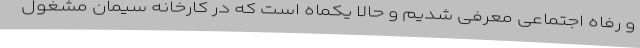
و رفاه اجتماعی معرفی شدیم و حالا یکماه است که در کارخانه سیمان مشغول